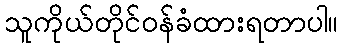
သူကိုယ်တိုင်ဝန်ခံထားရတာပါ။